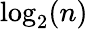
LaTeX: \log_{2}(n)